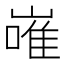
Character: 嶉